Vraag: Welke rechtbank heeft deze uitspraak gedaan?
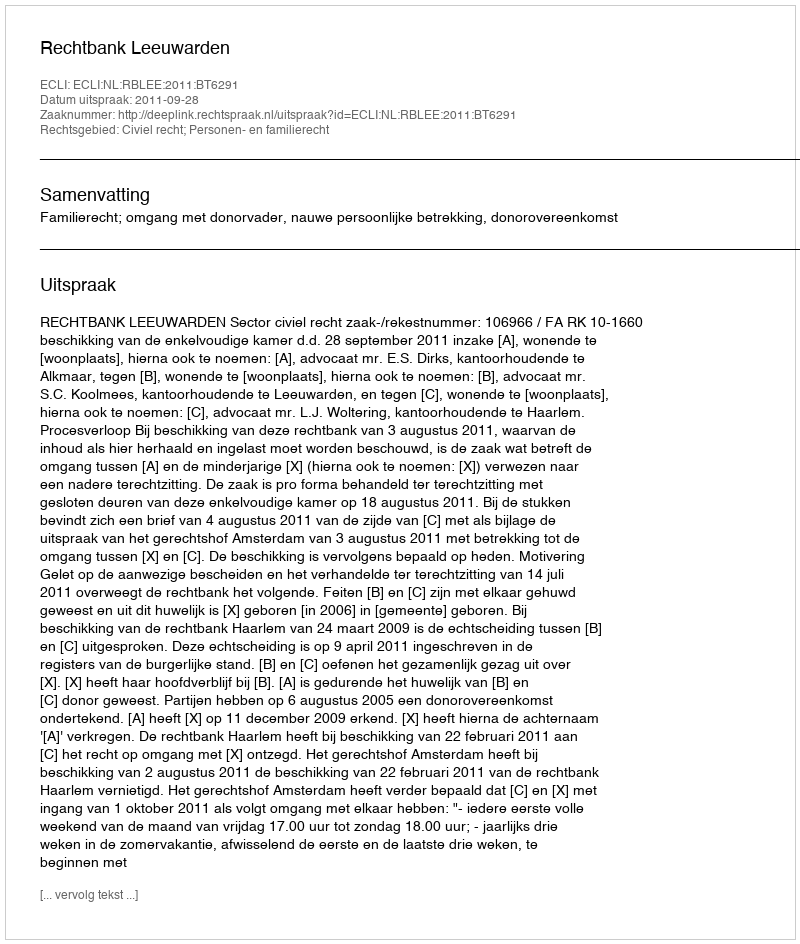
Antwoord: Rechtbank Leeuwarden